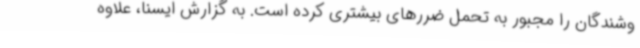
وشندگان را مجبور به تحمل ضررهای بیشتری کرده است. به گزارش ایسنا، علاوه